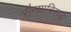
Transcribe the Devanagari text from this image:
सैन्याविरूद्ध